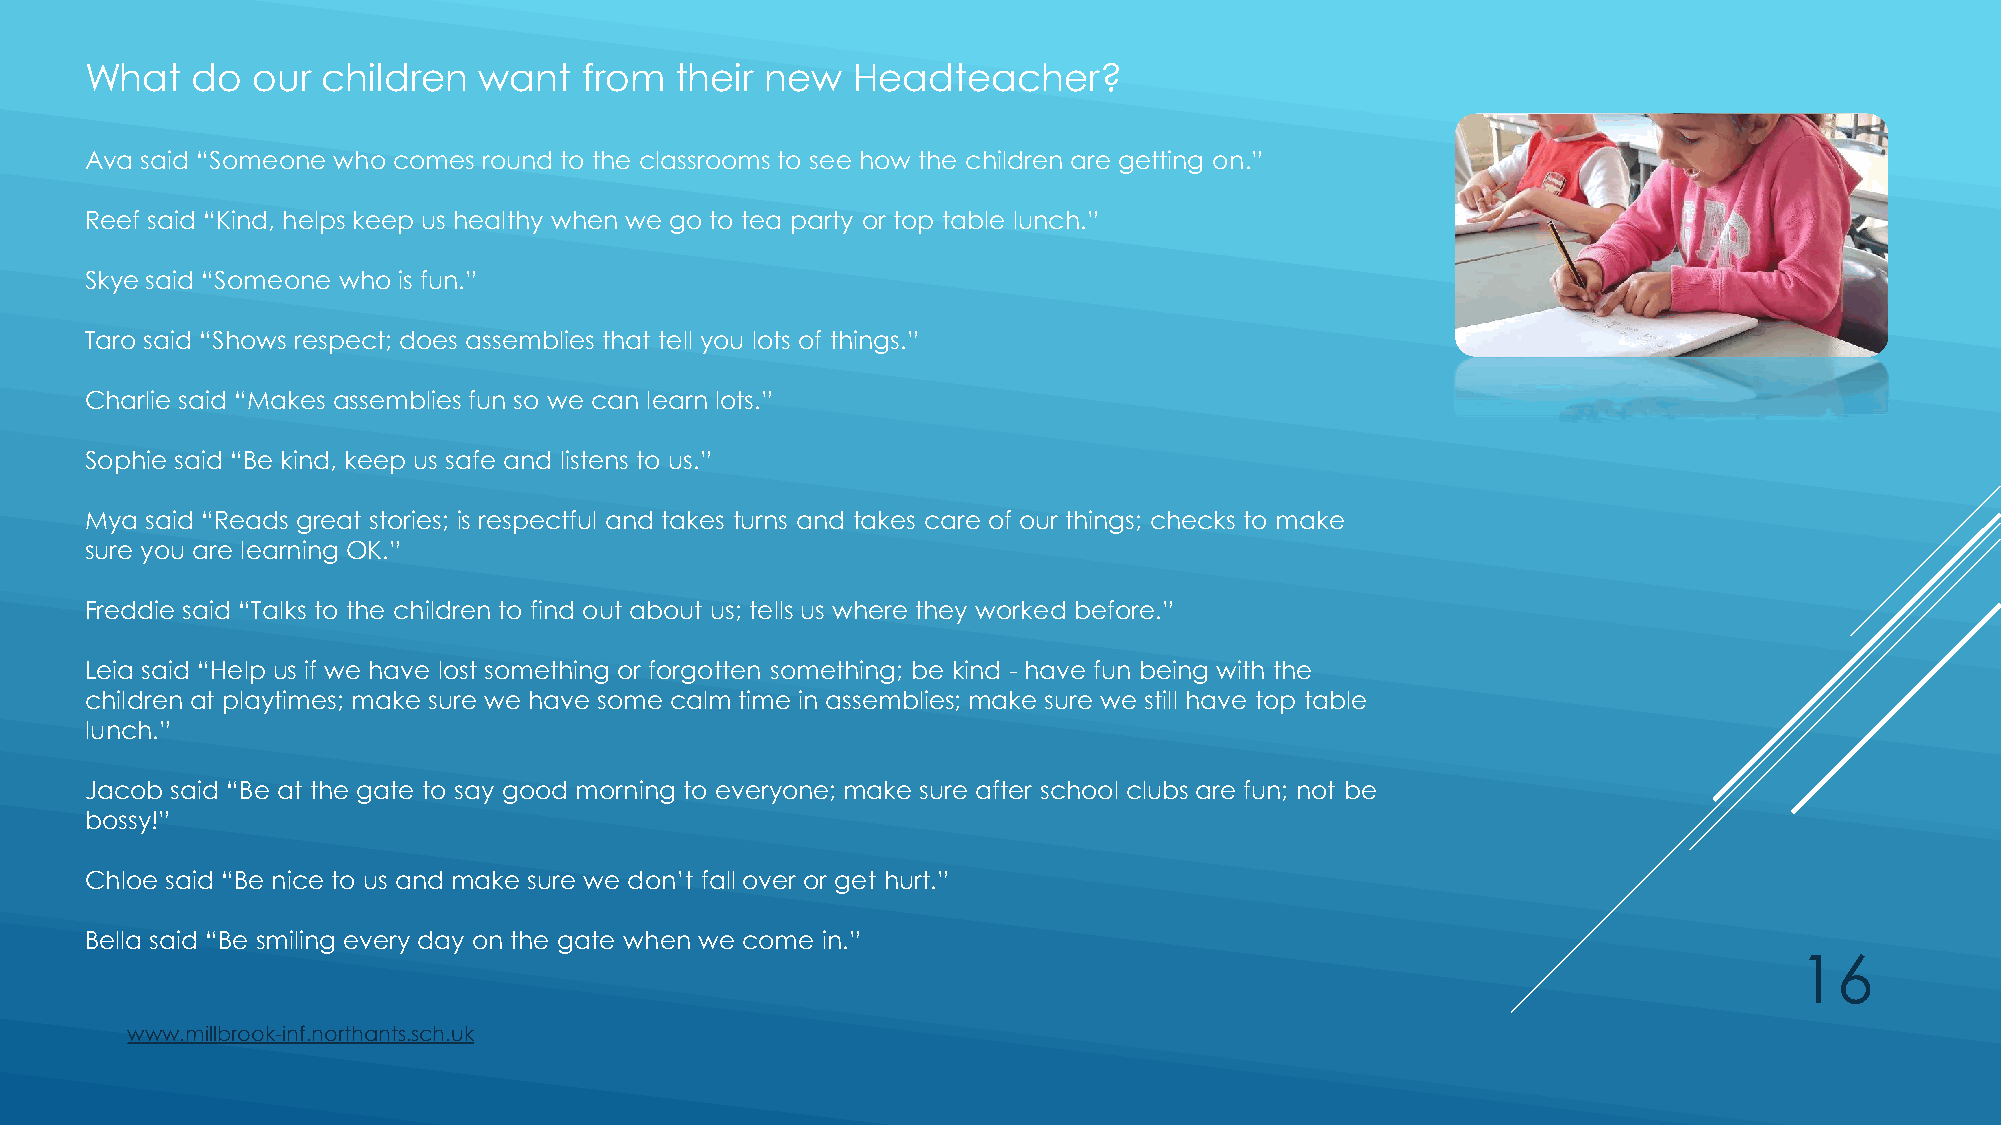
What   do  our children   want   from  their new  Headteacher?
 Ava said “Someone who comes round to the classrooms to see how the children are getting on.”
 Reef said “Kind, helps keep us healthy when we go to tea party or top table lunch.”
 Skye said “Someone who is fun.”
 Taro said “Shows respect; does assemblies that tell you lots of things.”
 Charlie said “Makes assemblies fun so we can learn lots.”
 Sophie said “Be kind, keep us safe and listens to us.”
 Mya said “Reads great stories; is respectful and takes turns and takes care of our things; checks to make
 sure you are learning OK.”
 Freddie said “Talks to the children to find out about us; tells us where they worked before.”
 Leia said “Help us if we have lost something or forgotten something; be kind - have fun being with the
 children at playtimes; make sure we have some calm time in assemblies; make sure we still have top table
 lunch.”
 Jacob said “Be at the gate to say good morning to everyone; make sure after school clubs are fun; not be
 bossy!”
 Chloe said “Be nice to us and make sure we don’t fall over or get hurt.”
 Bella said “Be smiling every day on the gate when we come in.”
 16
 www.millbrook-inf.northants.sch.uk